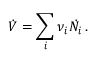
\dot { V } = \sum _ { i } \nu _ { i } \dot { N _ { i } } \, .